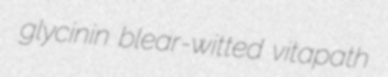
glycinin blear-witted vitapath